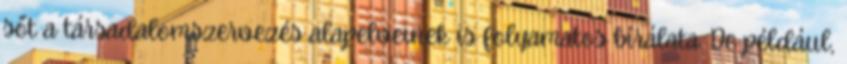
sőt a társadalomszervezés alapelveinek is folyamatos bírálata. De például,